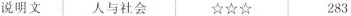
说明文 人与社会 ☆☆☆ 283